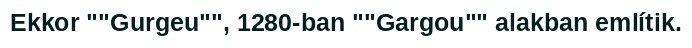
Ekkor ""Gurgeu"", 1280-ban ""Gargou"" alakban említik.